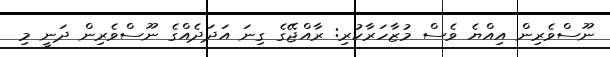
ނޫސްވެރިން އިއްޔެ ވެސް މުޒާހަރާކުރި: ރާއްޖޭގެ ގިނަ އަދަދެއްގެ ނޫސްވެރިން ދަނީ މި